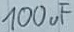
Text: 100uF